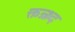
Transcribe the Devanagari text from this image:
क्तन्र्थ्र्द